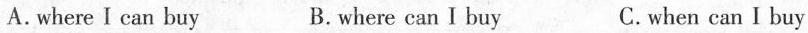
A. where I can buy B.where can I buy C.when can I buy